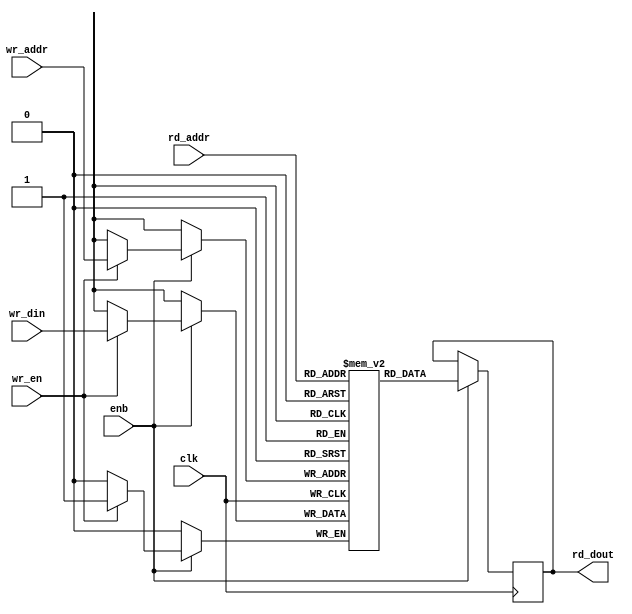
// -------------------------------------------------------------
// 
// 
// Generated by MATLAB 9.13 and HDL Coder 4.0
// 
// -------------------------------------------------------------


// -------------------------------------------------------------
// 
// Module: SimpleDualPortRAM_generic_block
// Source Path: BlobAnalysisHDL/BlobDetector/Pixel Stream Aligner/SimpleDualPortRAM_generic
// Hierarchy Level: 3
// 
// -------------------------------------------------------------

`timescale 1 ns / 1 ns

module SimpleDualPortRAM_generic_block
          (clk,
           enb,
           wr_din,
           wr_addr,
           wr_en,
           rd_addr,
           rd_dout);

  parameter integer AddrWidth  = 1;
  parameter integer DataWidth  = 1;

  input   clk;
  input   enb;
  input   [DataWidth - 1:0] wr_din;  // parameterized width
  input   [AddrWidth - 1:0] wr_addr;  // parameterized width
  input   wr_en;  // ufix1
  input   [AddrWidth - 1:0] rd_addr;  // parameterized width
  output  [DataWidth - 1:0] rd_dout;  // parameterized width


  reg  [DataWidth - 1:0] ram [2**AddrWidth - 1:0];
  reg  [DataWidth - 1:0] data_int;
  integer i;

  initial begin
    for (i=0; i<=2**AddrWidth - 1; i=i+1) begin
      ram[i] = 0;
    end
    data_int = 0;
  end


  always @(posedge clk)
    begin : SimpleDualPortRAM_generic_process
      if (enb == 1'b1) begin
        if (wr_en == 1'b1) begin
          ram[wr_addr] <= wr_din;
        end
        data_int <= ram[rd_addr];
      end
    end

  assign rd_dout = data_int;

endmodule  // SimpleDualPortRAM_generic_block